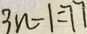
3 n - 1 = 7 7